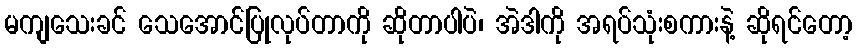
မကျသေးခင် သေအောင်ပြုလုပ်တာကို ဆိုတာပါပဲ၊ အဲဒါကို အရပ်သုံးစကားနဲ့ ဆိုရင်တော့